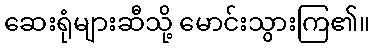
ဆေးရုံများဆီသို့ မောင်းသွားကြ၏။